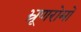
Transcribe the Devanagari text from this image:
भ्रूणरोमों